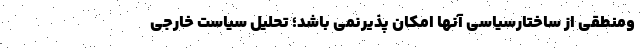
ومنطقی از ساختارسیاسی آنها امکان پذیرنمی باشد؛ تحلیل سیاست خارجی